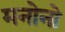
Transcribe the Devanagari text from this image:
मनोनो